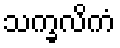
သက္ခလိကံ